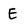
Character: E